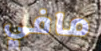
مافي